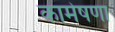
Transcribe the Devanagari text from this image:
कामेषणा